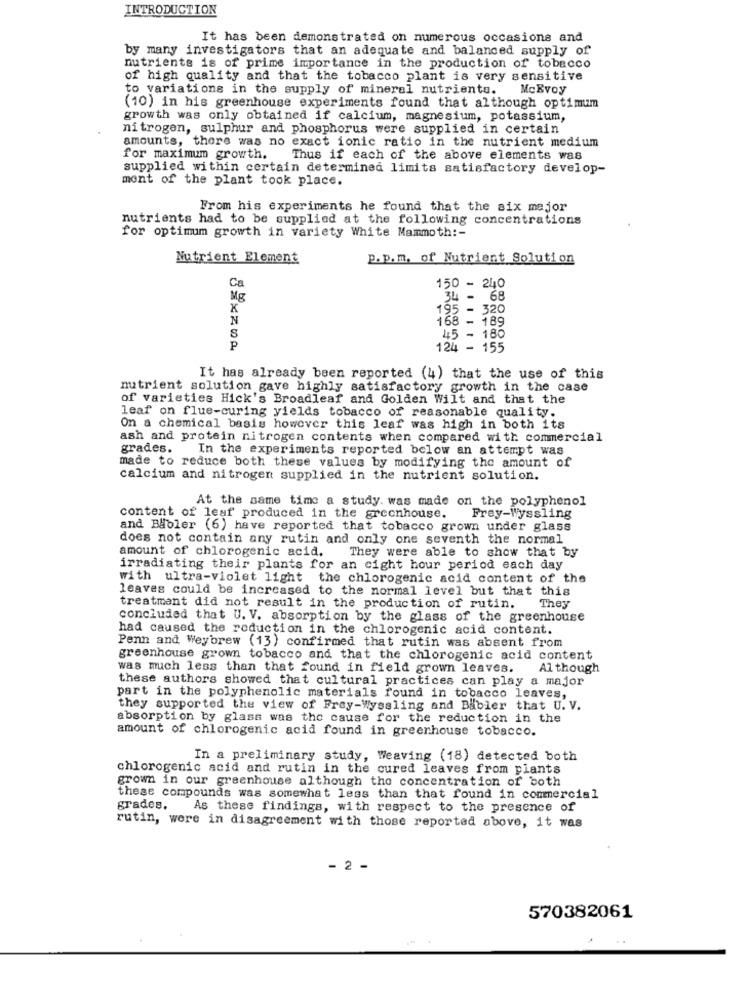
INTRODUCTION
It has been demonstrated on numerous occasions and
by many investigators that an adequate and balanced supply of
nutrients is of prime importance in the production of tobacco
of high quality and that the tobacco plant is very sensitive
to variations in the supply of mineral nutrients.
MCEvoy
(10) in his greenhouse experiments found that although optimum
growth was only obtained if calcium, magnesium, potassium,
nitrogen, sulphur and phosphorus were supplied in certain
amounts, there was no exact ionic ratio in the nutrient medium
for maximum growth. Thus if each of the above elements was
supplied within certain determined limits satisfactory develop-
ment of the plant took place.
From his experiments he found that the six mejor
nutrients had to be supplied at the following concentrations
for optimum growth in variety White Mammoth :-
Nutrient Element
p.p.m. of Nutrient Solution
Ca
150 - 240
ME
34 - 68
X
195 - 320
N
168 - 189
8
45 - 180
P
124 - 155
It has already been reported (4) that the use of this
nutrient solution gave highly satisfactory growth in the case
of varieties Hick's Broadleaf and Golden Wilt and that the
leaf on flue-curing yields tobacco of reasonable quality.
On a chemical basis however this leaf was high in both its
ash and protein nitrogen contents when compared with commercial
grades. In the experiments reported below an attempt was
made to reduce both these values by modifying the amount of
calcium and nitrogen supplied in the nutrient solution.
At the same time a study. was made on the polyphenol
content of leaf produced in the greenhouse.
Frey-Wyssling
and Babler (6) have reported that tobacco grown under glass
does not contain any rutin and only one seventh the normal
amount of chlorogenic acid. They were able to show that by
irradiating their plants for an eight hour period each day
with ultra-violet light the chlorogenic acid content of the
leaves could be increased to the normal level but that this
treatment did not result in the production of rutin.
They
concluded that U. V. absorption by the glass of the greenhouse
had caused the reduction in the chlorogenic acid content.
Penn and Wey'brew (13) confirmed that rutin was absent from
greenhouse grown tobacco and that the chlorogenic acid content
was much less than that found in field grown leaves.
Al though
these authors showed that cultural practices can play a major
part in the polyphenolic materials found in tobacco leaves,
they supported the view of Frey-Wyssling and Babler that U. V.
absorption by glass was the cause for the reduction in the
amount of chlorogenic acid found in greenhouse tobacco.
In a preliminary study, Weaving (18) detected both
chlorogenic acid and rutin in the cured leaves from plants
grown in our greenhouse although the concentration of both
these compounds was somewhat less than that found in commercial
grades. As these findings, with respect to the presence of
rutin, were in disagreement with those reported above, it was
2 -
570382061